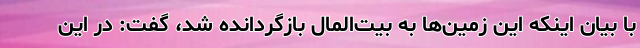
با بیان اینکه این زمین‌ها به بیت‌المال بازگردانده شد، گفت: در این